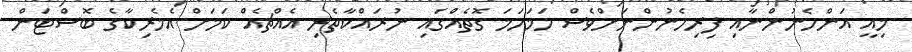
މިއީ އަންހެނުންނާއި ފިރިހެނުންނަށްވެސް ހަމަހަމަ ގޮތެއްގައި ނުރައްކާތެރި އެއްޗެއް ކަމަށް އެމެރިކާގެ ބޮސްޓަން